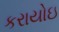
કરાયોઇ